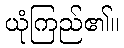
ယုံကြည်၏။